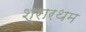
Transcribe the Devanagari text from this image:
श्रारथम